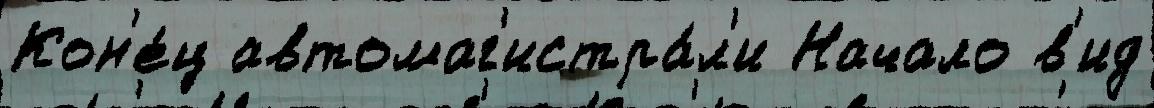
Кон'е́ц автомаг'истра́л'и Начало в'ид